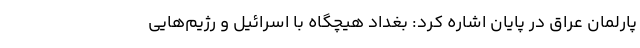
پارلمان عراق در پایان اشاره کرد: بغداد هیچگاه با اسرائیل و رژیم‌هایی